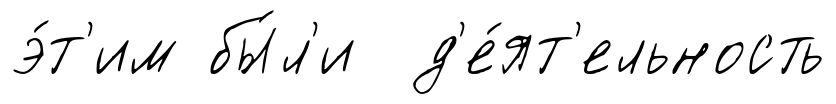
э́т'им бы́л'и д'е́ят'ельность